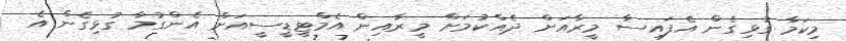
މިކަމާ ގުޅިގެން އެފައިސާ މީރާއަށް ދެއްކުމަށް މީރާއިން އެމްޓީޑީސީއަށް އެންގުމާ ގުޅިގެން އެ